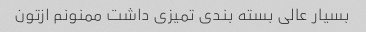
بسیار عالی بسته بندی تمیزی داشت ممنونم ازتون